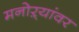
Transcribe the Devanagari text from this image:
मनोऱ्यांवर